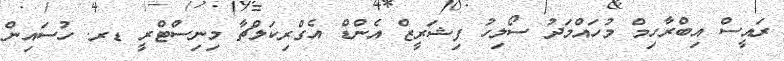
ރައީސް އިބްރާހިމް މުހައްމަދު ސޯލިހު ފިޝަރީޒް އެންޑް އެގްރިކަލްޗާ މިނިސްޓްރީ ޑރ. ހުސައިން